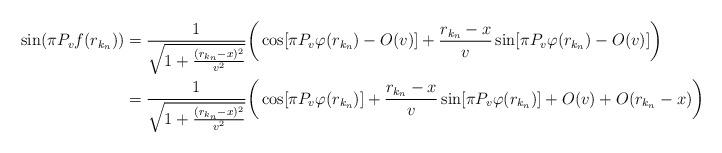
LaTeX: \begin{align*}\sin(\pi P_v f(r_{k_n}))&=\frac{1}{\sqrt{1+\frac{(r_{k_n}-x)^2}{v^2}}} \bigg( \cos[\pi P_v\varphi(r_{k_n})-O(v)]+\frac{r_{k_n}-x}{v}\sin[\pi P_v\varphi(r_{k_n})-O(v)]\bigg)\\&=\frac{1}{\sqrt{1+\frac{(r_{k_n}-x)^2}{v^2}}} \bigg( \cos[\pi P_v\varphi(r_{k_n})]+\frac{r_{k_n}-x}{v}\sin[\pi P_v\varphi(r_{k_n})]+O(v)+O(r_{k_n}-x)\bigg)\end{align*}